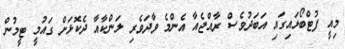
މިއީ ފުޓްބޯޅައިގައި އަބަދުވެސް ރާއްޖެއާ އެންމެ ވާދަވެރި ލަންކާއާ ދެކޮޅަށް ގައުމީ ޓީމުން